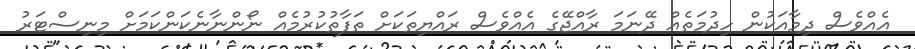
އެއްވެސް ދިމާއަކުން ހިދުމަތެއް ދޭނަމަ ރާއްޖޭގެ އެއްވެސް ރައްޔިތަކަށް ތަފާތުކުރުމެއް ނޯންނާނެކަންކަމަށް މިނިސްޓަރު